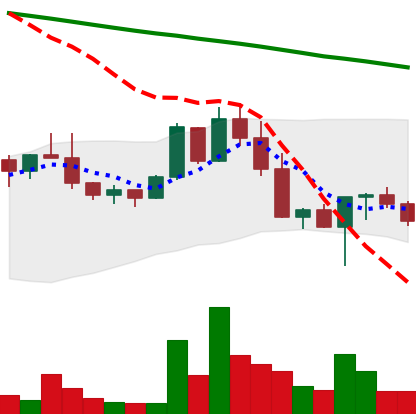
Ticker: NEO-USD
Chart end date: 2022-02-27
Forward return: 7.878%
Label: up_7plus